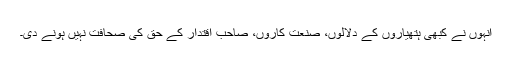
انہوں نے کبھی ہتھیاروں کے دلالوں، صنعت کاروں، صاحب اقتدار کے حق کی صحافت نہیں ہونے دی۔